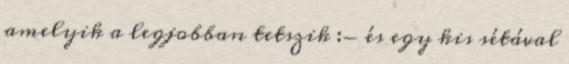
amelyik a legjobban tetszik :- és egy kis sétával